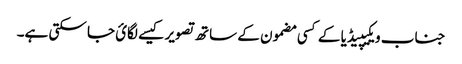
جناب ویکیپیڈیا کے کسی مضمون کے ساتھ تصویر کیسے لگائ جا سکتی ہے۔